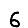
Digit: 6